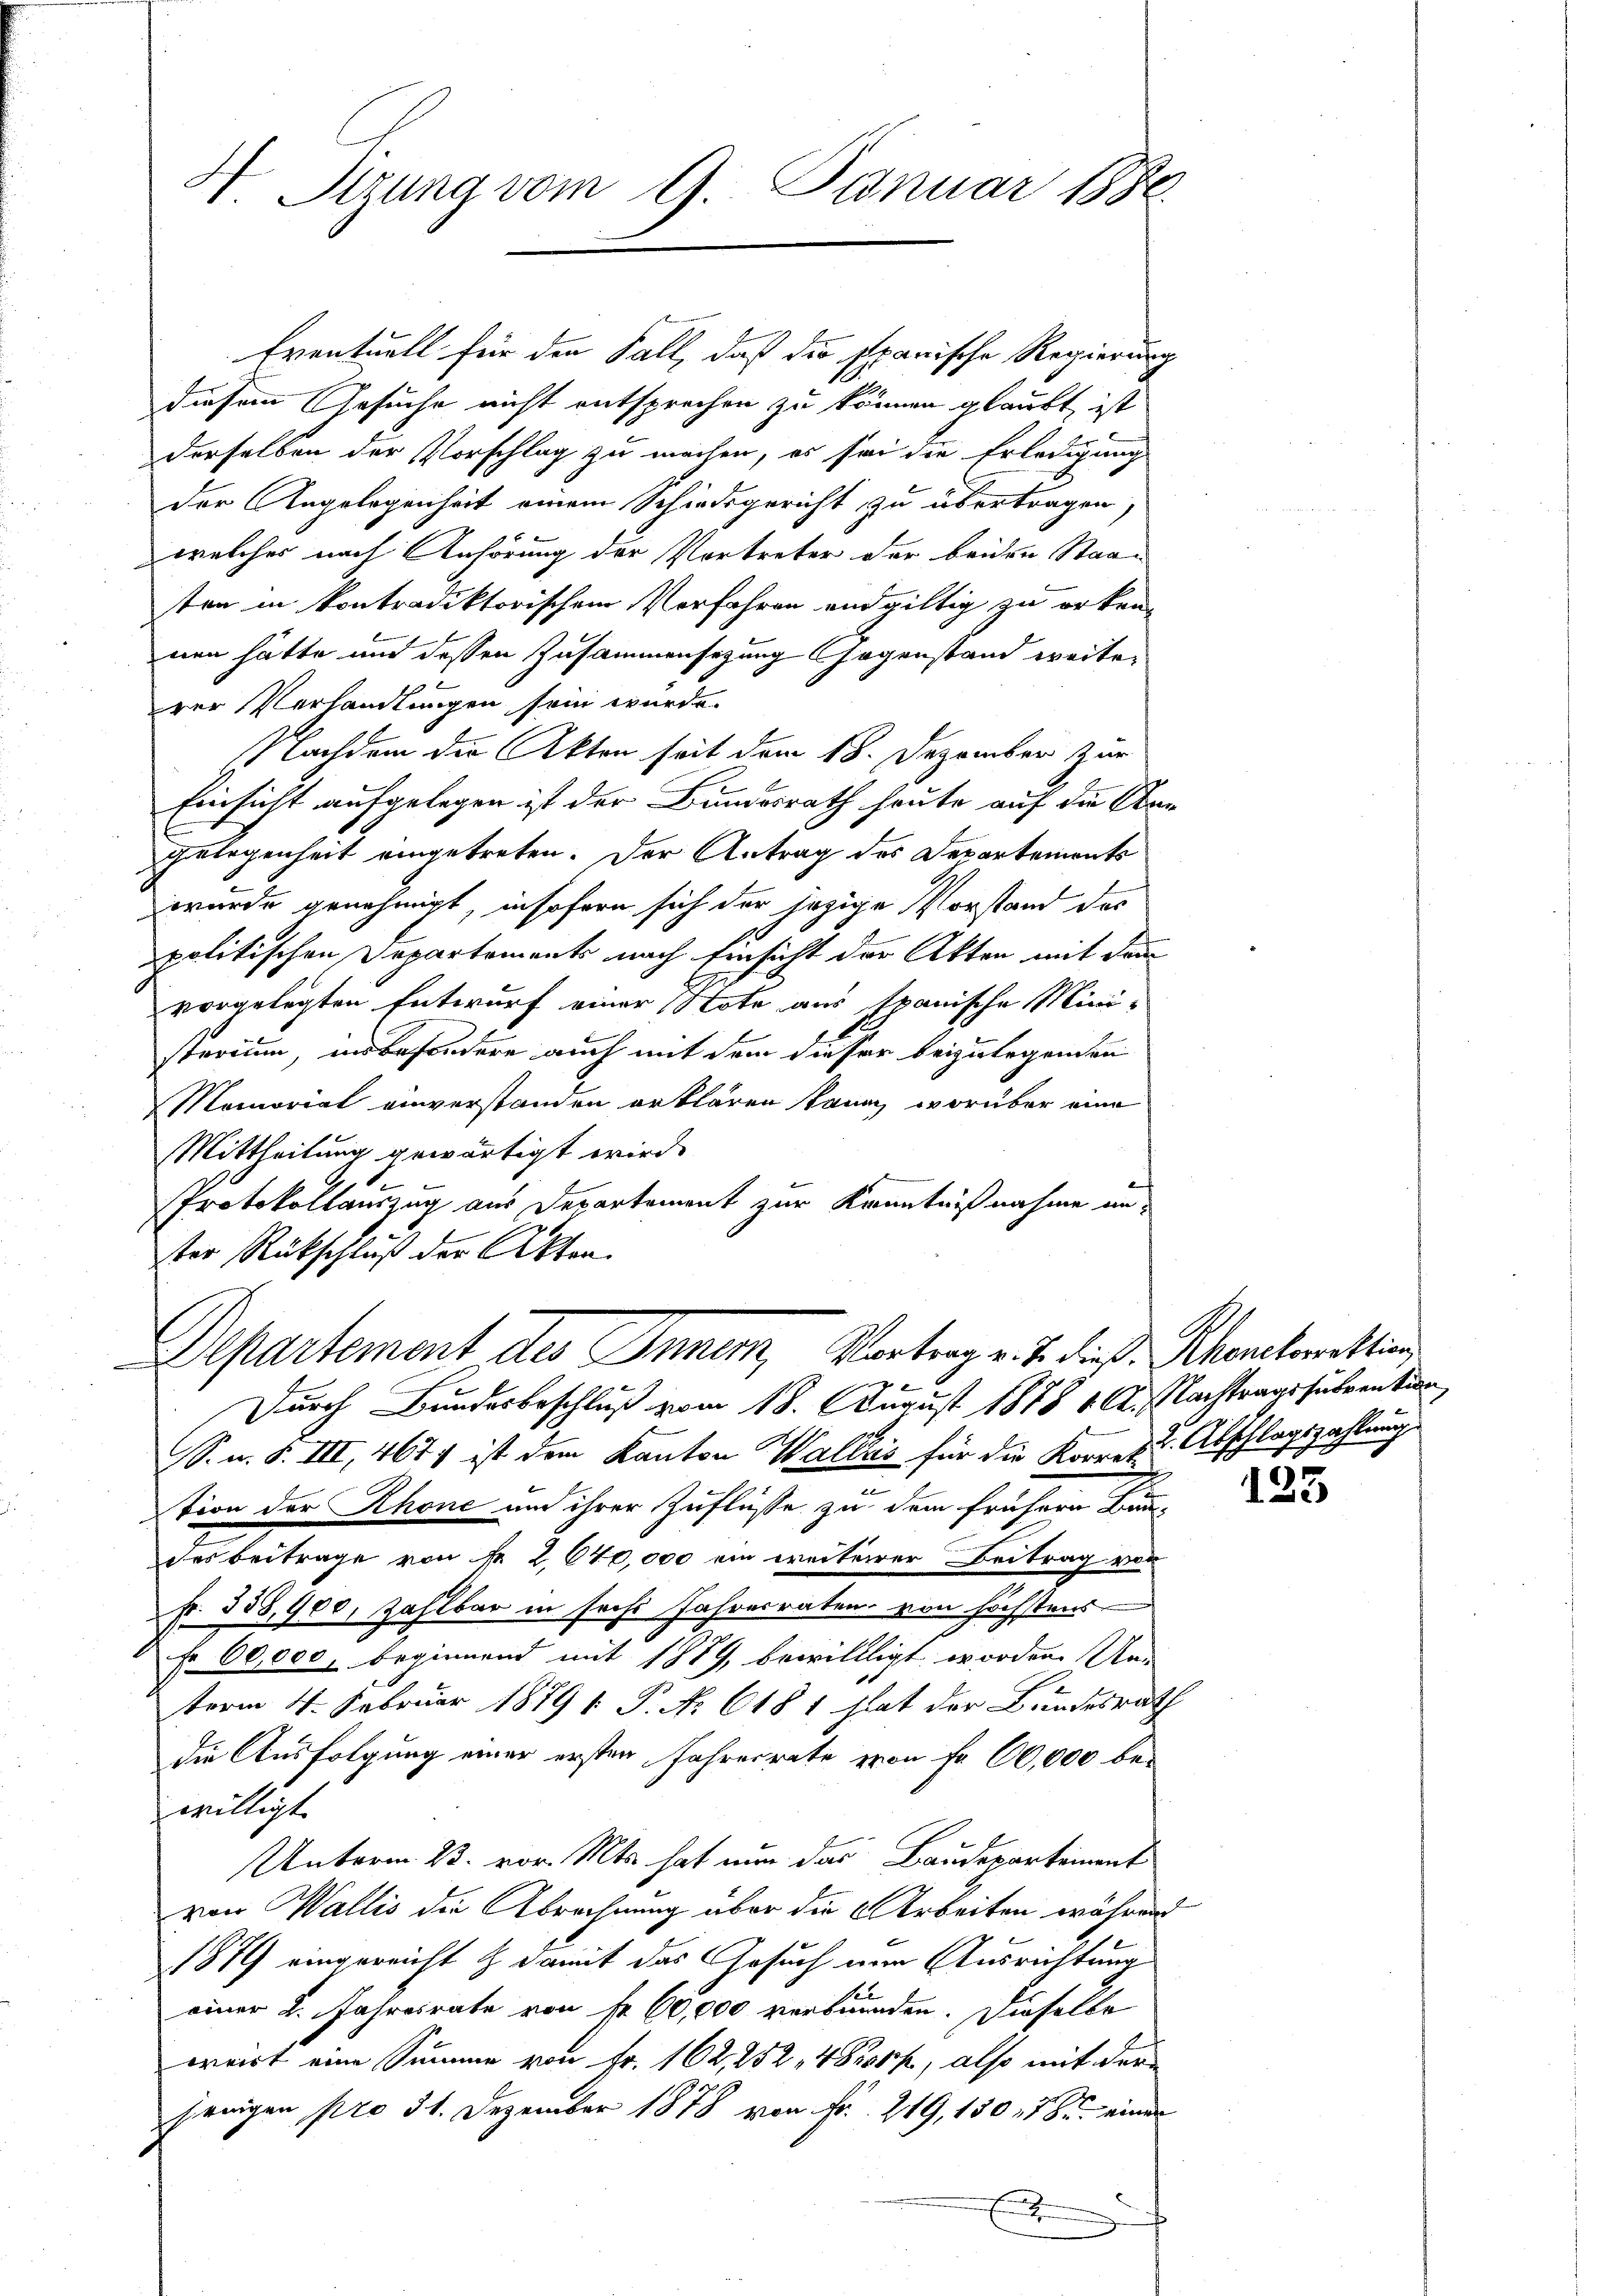
Eventuell für den Fall, daß die spanische Regierung
diesem Gesuche nicht entsprochen zu können glaubt, ist
derselben der Vorschlag zu machen, es sei die Erledigung
der Angelegenheit einem Schiedsgericht zu übertragen,
welches nach Anhörung der Vertreter der beiden Staaten in kontradiktorischem Vorfahren endgültig zu erkenn
nen hätte und dessen Zusammensezung Gegenstand weiterer Verhandlungen sein wurde.
Nachdem die Akten seit dem 18. Dezember zur
Einsicht aufgelegen ist der Bundesrath heute auf die An¬
Gelegenheit eingetreten. Der Antrag des Departements
wurde genehmigt, insofern sich der jezige Vorstand des
politischen Departements nach Einsicht der Akten mit dem
vorgelegten Entwurf einer Note aus tanische Mini-
sterium insbesondere auch mit dem dieser beizulegenden
Momorial einverstanden erklären kann, worüber eine
Mittheilung gewärtigt wird.
2
Protokollauszug aus Departement zur Kenntnißnahme un
ster Rückschluß der Akten.
Departement des Inner, Vortrag v. J. dieß: Scheuchettin
Durch Bundesbeschluß vom 18. August 1878 1. A. Nachtragssubvention
S. n. F. III, 467 ist dem Kanton Wallis für die Korres. Abschlagszahlung
tion der Rhone und ihrer Zuflüße zu dem frühern Baudes Beitrage von fr 2640,000 ein weiterer Beitrag von
Fr. 338,900, Zahlbar in sechs Jahresraten von höchstens
fr. 60,000, beginnend mit 1889, bewilligt worden. Un-
term 14. Februar 1879 P. Nr. 618 1 hat der Bundesrath
die Ausfolgung einer ersten Fahresrate von Fr. 60,000 be-
willigt.
Unterm 23. vor. Mts. hat nun das Baudepartement
von Wallis die Abrechnung über die Arbeiten währen
1879 eingereicht & damit das Gesuch nur Ausrichtung
einer 2. Jahresrate von Fr. 60,000 verbrunden. Dieselbe
ervirt eine Summe von Fr. 162, 252, 4800f, also mit der
jenigen pro 31. Dezember 1878 von Fr. 219, 150, 18. einer
E

H. Strung vom 9. Januar 1886.

F

ah

f

125